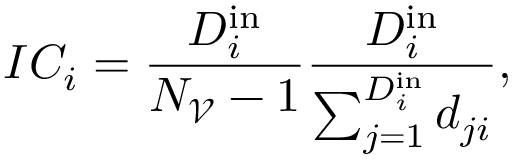
I C _ { i } = \frac { D _ { i } ^ { \mathrm { i n } } } { N _ { \mathscr { V } } - 1 } \frac { D _ { i } ^ { \mathrm { i n } } } { \sum _ { j = 1 } ^ { D _ { i } ^ { \mathrm { i n } } } d _ { j i } } ,